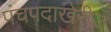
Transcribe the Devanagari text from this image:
पंचपदाखेरीज